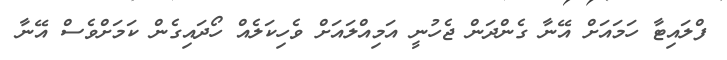
ފްލައިޓާ ހަމައަށް އޭނާ ގެންދަން ޖެހުނީ އަމިއްލައަށް ވެހިކަލެއް ހޯދައިގެން ކަމަށްވެސް އޭނާ